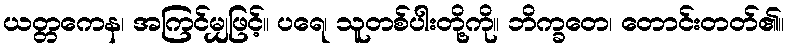
ယတ္တကေန၊ အကြင်မျှဖြင့်။ ပရေ၊ သူတစ်ပါးတို့ကို။ ဘိက္ခတေ၊ တောင်းတတ်၏။